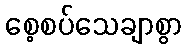
စေ့စပ်သေချာစွာ